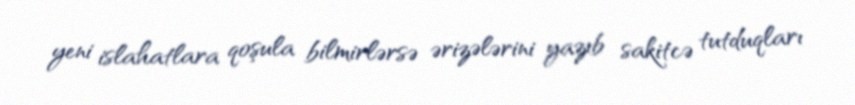
yeni islahatlara qoşula bilmirlərsə ərizələrini yazıb sakitcə tutduqları